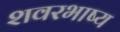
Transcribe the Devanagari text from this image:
शवरभाष्य